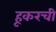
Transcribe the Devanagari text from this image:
हूकरची